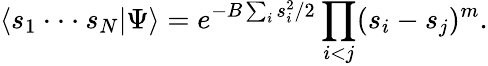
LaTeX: \langle s_{1}\cdot\cdot\cdot s_{N}|\Psi\rangle=e^{-B\sum_{i}s_{i}^{2}/2}\prod_{i<j}(s_{i}-s_{j})^{m}.